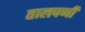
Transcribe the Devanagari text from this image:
तालपर्णी